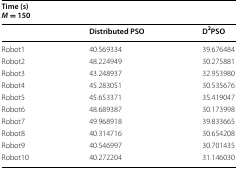
<table><thead><tr><td colspan="3"><b>Time (s)<i>M</i> = 150</b></td></tr><tr><td></td><td><b>Distributed PSO</b></td><td><b>D<sup>2</sup>PSO</b></td></tr></thead><tbody><tr><td>Robot1</td><td>40.569334</td><td>39.676484</td></tr><tr><td>Robot2</td><td>48.224949</td><td>30.275881</td></tr><tr><td>Robot3</td><td>43.248937</td><td>32.953980</td></tr><tr><td>Robot4</td><td>45.283051</td><td>30.535676</td></tr><tr><td>Robot5</td><td>45.653371</td><td>35.419047</td></tr><tr><td>Robot6</td><td>48.689387</td><td>30.173998</td></tr><tr><td>Robot7</td><td>49.968918</td><td>39.833665</td></tr><tr><td>Robot8</td><td>40.314716</td><td>30.654208</td></tr><tr><td>Robot9</td><td>40.546997</td><td>30.701435</td></tr><tr><td>Robot10</td><td>40.272204</td><td>31.146030</td></tr></tbody></table>